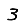
Digit: 3